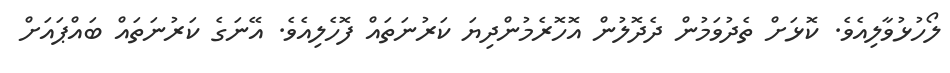
ލޯހުޅުވާލިއެވެ. ކޮޅަށް ތެދުވަމުން ދެދޮލުން އޮހޮރެމުންދިޔަ ކަރުނަތައް ފޮހެލިއެވެ. އޭނަގެ ކަރުނަތައް ބައްޕައަށް